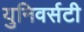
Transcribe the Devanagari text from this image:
युनिवर्सटी